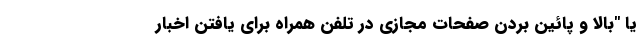
یا "بالا و پائین بردن صفحات مجازی در تلفن همراه برای یافتن اخبار